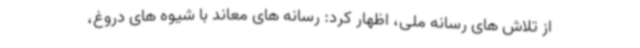
از تلاش های رسانه ملی، اظهار کرد: رسانه های معاند با شیوه های دروغ،